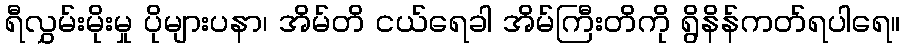
ရီလွှမ်းမိုးမှု ပိုများပနာ၊ အိမ်တိ ငယ်ရေခါ အိမ်ကြီးတိကို ရွိနိန်ကတ်ရပါရေ။